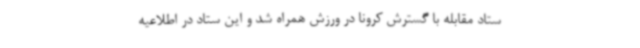
ستاد مقابله با گسترش کرونا در ورزش همراه شد و این ستاد در اطلاعیه